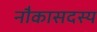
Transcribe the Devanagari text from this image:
नौकासदस्य